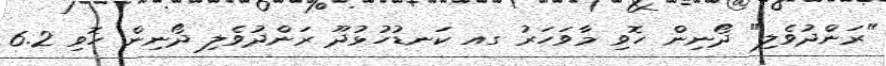
"ރަންދުވެލި" ދޯނިން ހޮވި މާވަހަރު ގއ ކަނޑުހުޅުދޫ ރަންދުވެލި ދޯނިން ހޮވި 6.2